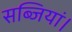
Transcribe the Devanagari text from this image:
सब्जियां।